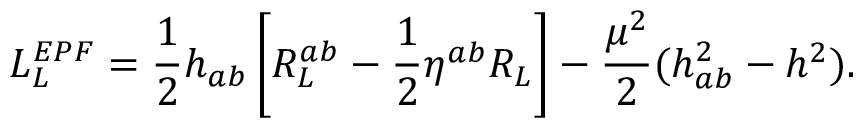
{ \cal L } _ { L } ^ { E P F } = \frac { 1 } { 2 } h _ { a b } \left[ R _ { L } ^ { a b } - \frac { 1 } { 2 } \eta ^ { a b } R _ { L } \right] - \frac { \mu ^ { 2 } } { 2 } ( h _ { a b } ^ { 2 } - h ^ { 2 } ) .